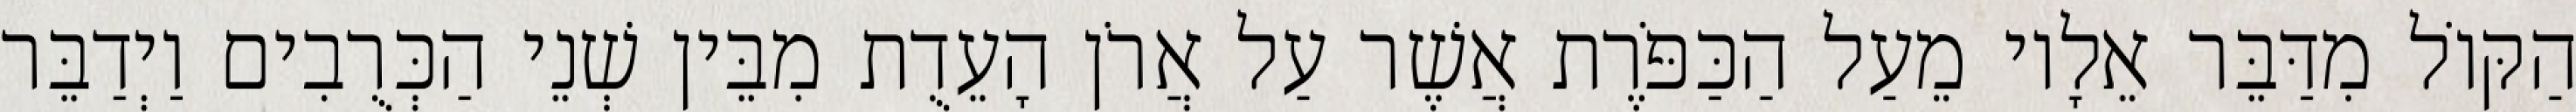
הַקּוֹל מִדַּבֵּר אֵלָיו מֵעַל הַכַּפֹּרֶת אֲשֶׁר עַל אֲרֹן הָעֵדֻת מִבֵּין שְׁנֵי הַכְּרֻבִים וַיְדַבֵּר